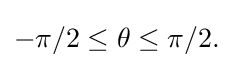
{\textstyle -\pi /2\leq \theta \leq \pi /2.}